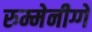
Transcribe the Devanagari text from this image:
रुम्मेनीग्गे